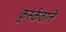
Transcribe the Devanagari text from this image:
कूर्स्कवाले